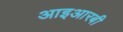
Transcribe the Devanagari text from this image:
आइआरबी